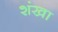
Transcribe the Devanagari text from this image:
शंखा